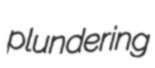
plundering